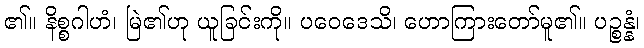
၏။ နိစ္စဂါဟံ၊ မြဲ၏ဟု ယူခြင်းကို။ ပဝေဒေသိ၊ ဟောကြားတော်မူ၏။ ပဉ္စန္နံ၊